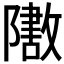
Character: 𬯟